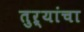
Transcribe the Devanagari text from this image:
तुऱ्यांचा